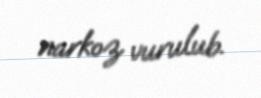
narkoz vurulub.